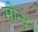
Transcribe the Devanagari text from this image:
मोन्‍द